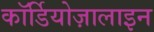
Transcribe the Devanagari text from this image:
कॉर्डियोज़ालाइन